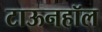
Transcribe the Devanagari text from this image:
टाऊनहॉल